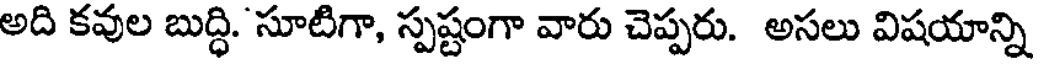
అది కవుల బుద్ధి. సూటిగా, స్పష్టంగా వారు చెప్పరు. అసలు విషయాన్ని